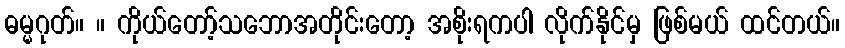
ဓမ္မဂုတ်။ ။ ကိုယ်တော့်သဘောအတိုင်းတော့ အစိုးရကပါ လိုက်နိုင်မှ ဖြစ်မယ် ထင်တယ်။